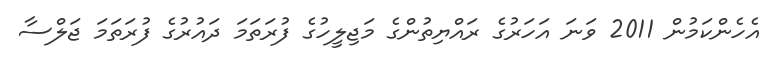
އެހެންކަމުން 2011 ވަނަ އަހަރުގެ ރައްޔިތުންގެ މަޖިލީހުގެ ފުރަތަމަ ދައުރުގެ ފުރަތަމަ ޖަލްސާ